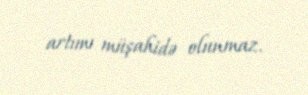
artımı müşahidə olunmaz.